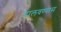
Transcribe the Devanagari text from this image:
हालवण्यास